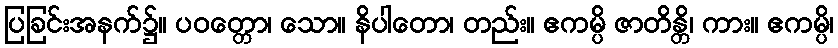
ပြခြင်းအနက်၌။ ပဝတ္တော၊ သော။ နိပါတော၊ တည်း။ ဧကမ္ပိ ဇာတိန္တိ၊ ကား။ ဧကမ္ပိ၊